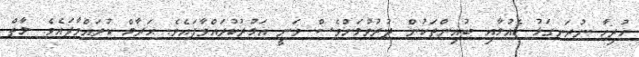
ހުރިހާ ނުރަނގަޅު ކެއުމާއި ބުއިންތަކުން ދުރުވުމަށްވެސް ވަނީ އަމުރުކުރައްވާފައެވެ. ޙަރާމް ކުރައްވާފައެވެ. މާތް